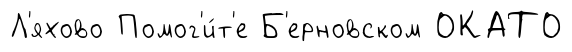
Л'яхово Помог'и́т'е Б'ерновском ОКАТО